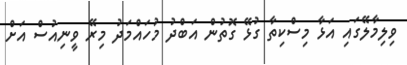
ވިލިމާލޭގައި އަޅާ މިސްކިތާ ގުޅޭ ގޮތުން އަބްދު މުހައްމަދު މިރޭ ވީނިއުސް އަށް